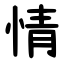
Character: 情